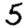
Digit: 5